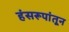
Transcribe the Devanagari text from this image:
हंसरूपांतून